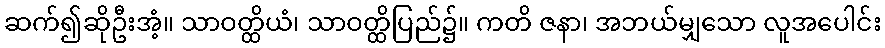
ဆက်၍ဆိုဦးအံ့။ သာဝတ္ထိယံ၊ သာဝတ္ထိပြည်၌။ ကတိ ဇနာ၊ အဘယ်မျှသော လူအပေါင်း